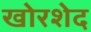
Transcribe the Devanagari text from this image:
खोरशेद